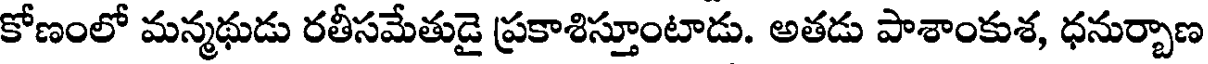
కోణంలో మన్మథుడు రతీసమేతుడై ప్రకాశిస్తూంటాడు. అతడు పాశాంకుశ, ధనుర్చాణ